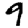
Digit: 9